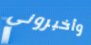
وأخبروني